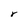
Character: r